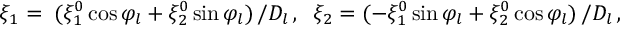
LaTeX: \xi _ { 1 } = \; ( \xi _ { 1 } ^ { 0 } \cos { \varphi _ { l } } + \xi _ { 2 } ^ { 0 } \sin { \varphi _ { l } } ) \, / D _ { l } \, , \; \; \xi _ { 2 } = ( - \xi _ { 1 } ^ { 0 } \sin { \varphi _ { l } } + \xi _ { 2 } ^ { 0 } \cos { \varphi _ { l } } ) \, / D _ { l } \, ,